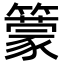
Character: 𥵿